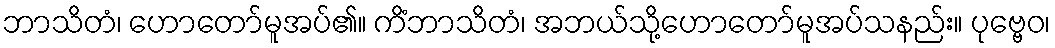
ဘာသိတံ၊ ဟောတော်မူအပ်၏။ ကိံဘာသိတံ၊ အဘယ်သို့ဟောတော်မူအပ်သနည်း။ ပုဗ္ဗေဝ၊